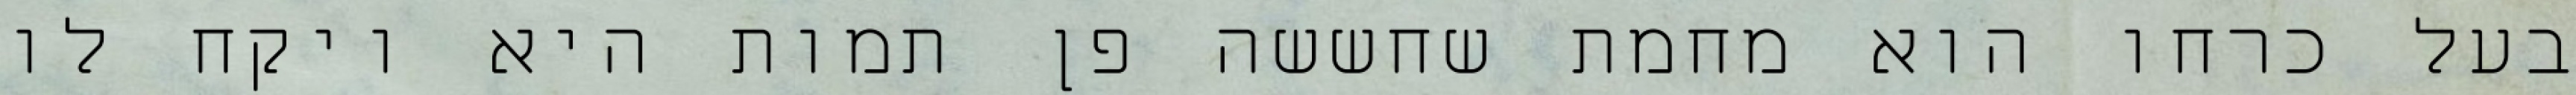
בעל כרחו הוא מחמת שחששה פן תמות היא ויקח לו